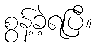
စွန့်ခဲ့ရပြီ။